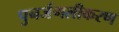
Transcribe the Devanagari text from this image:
पुनर्जंगलीकरण